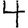
Digit: 4